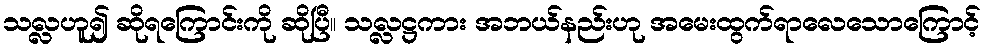
သလ္လဟူ၍ ဆိုရကြောင်းကို ဆိုပြီ။ သလ္လဋ္ဌကား အဘယ်နည်းဟု အမေးထွက်ရာလေသောကြောင့်